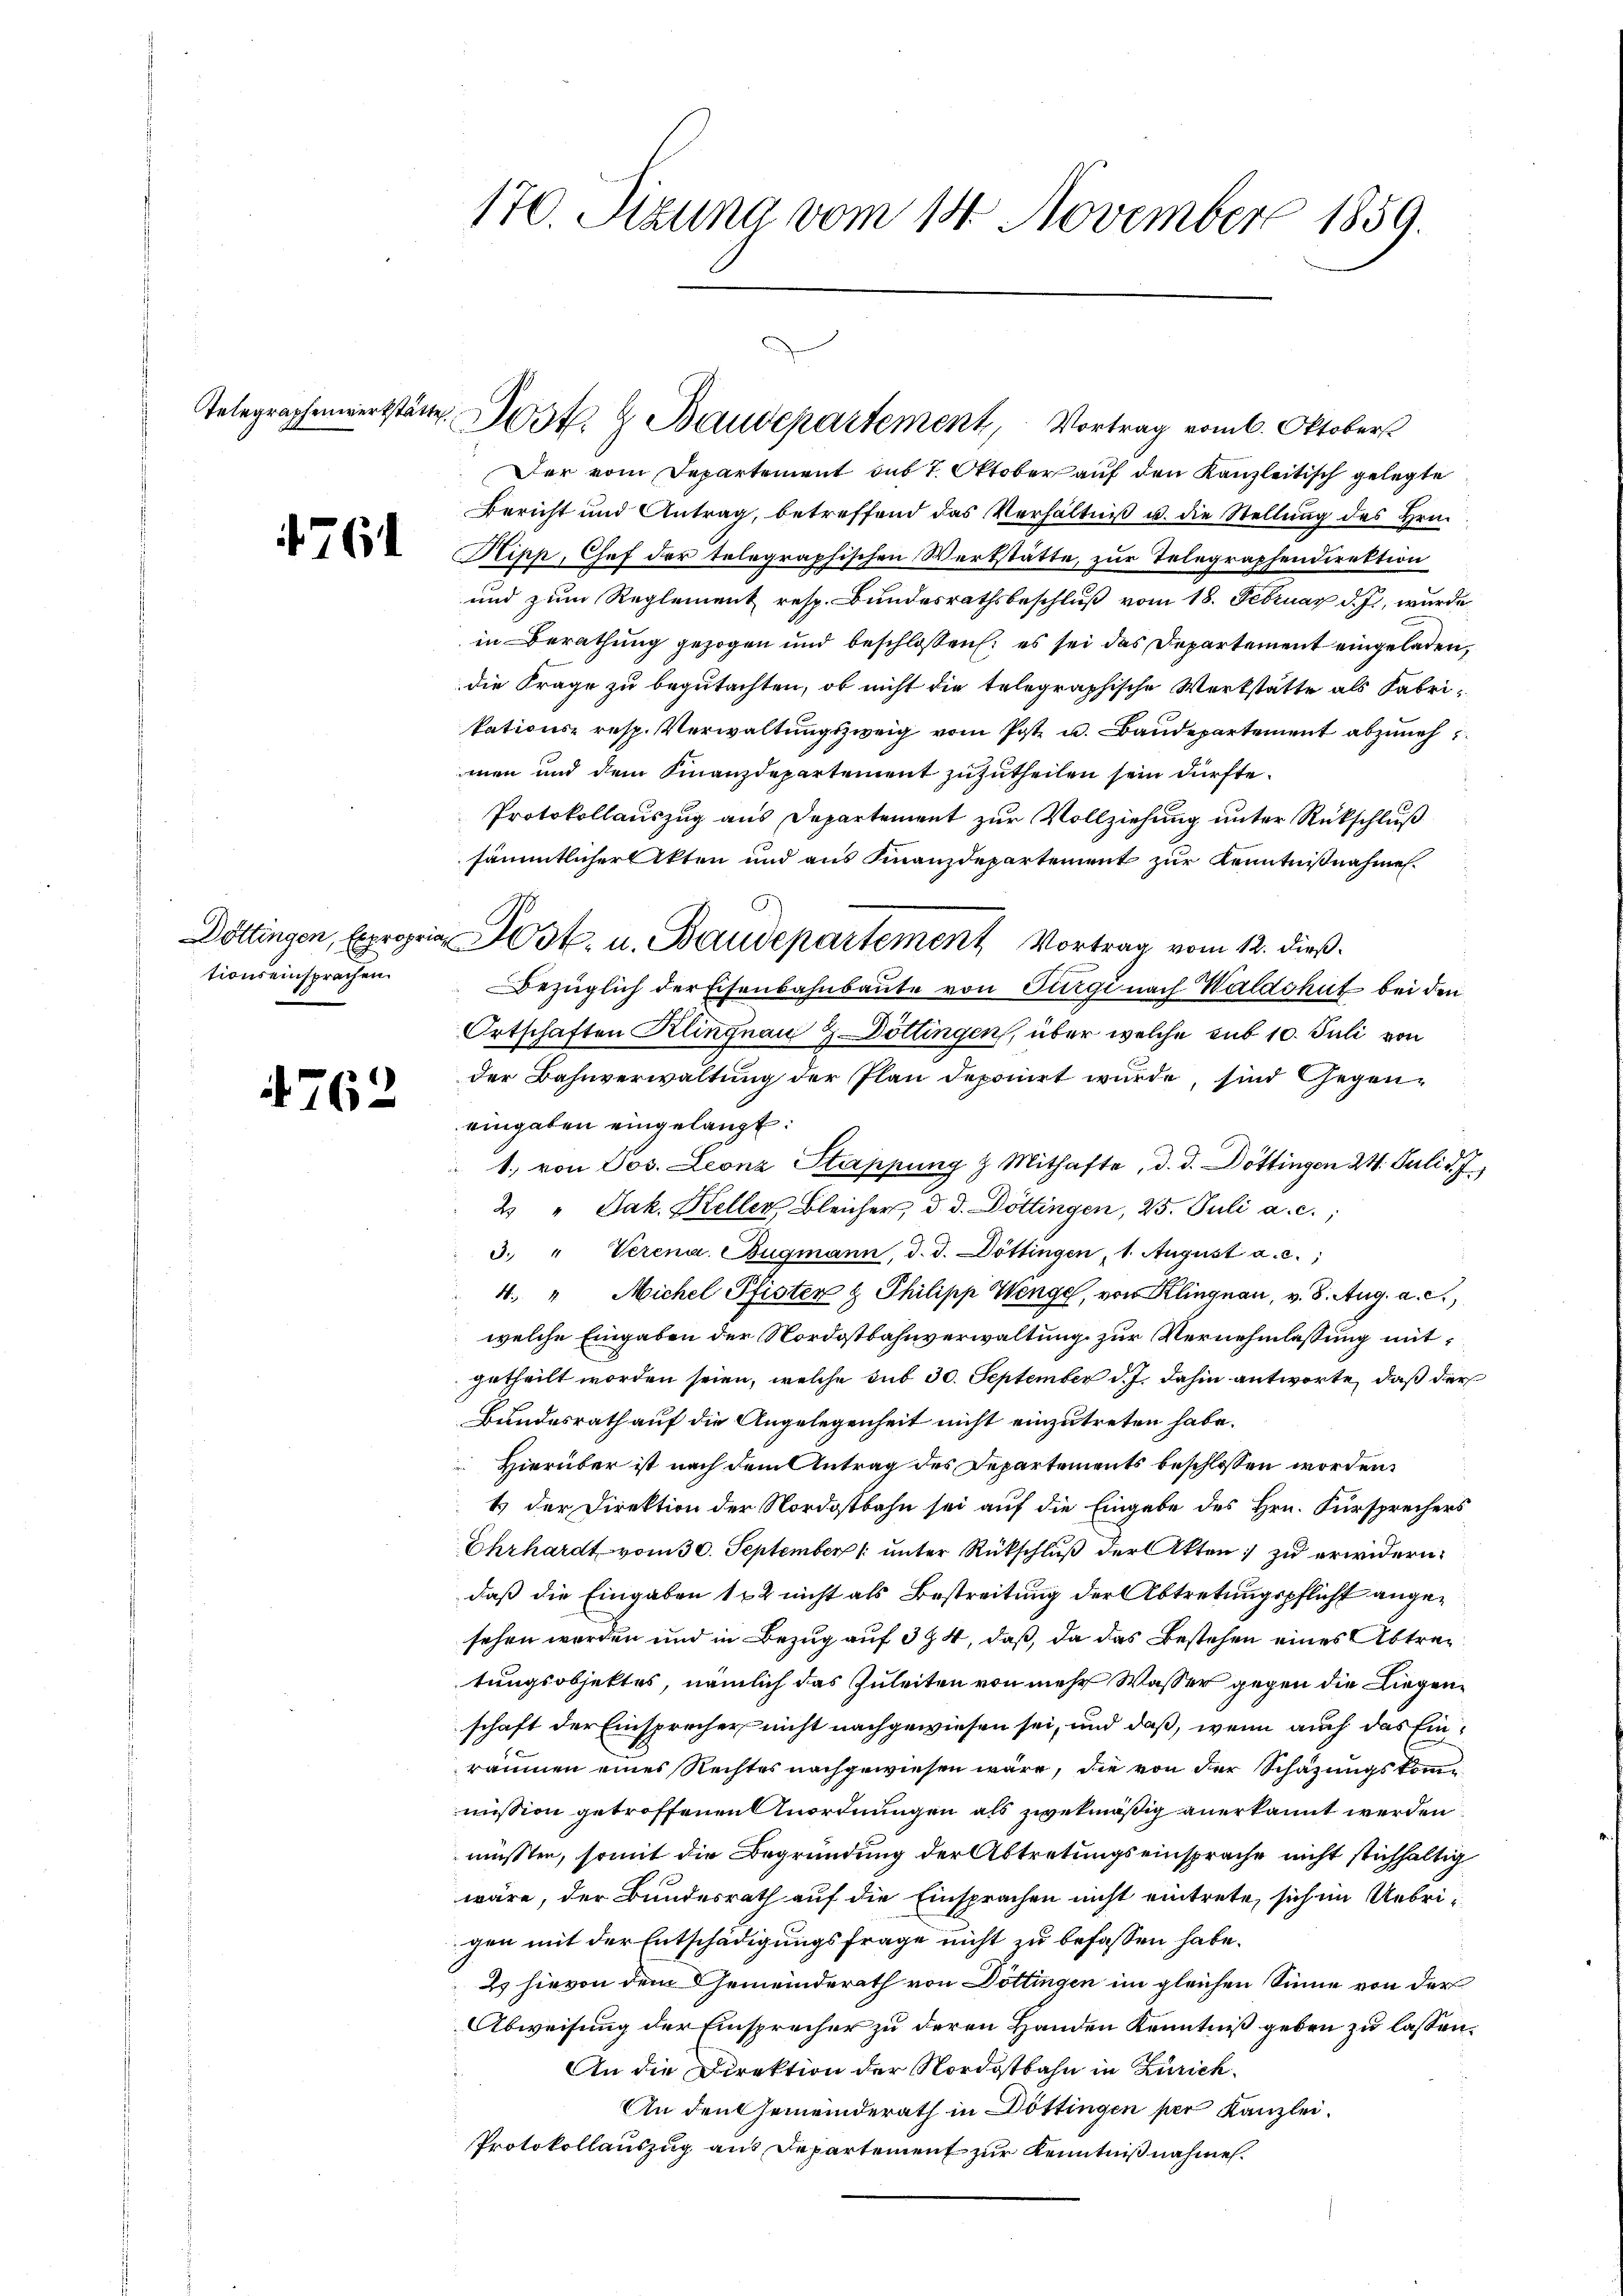
764

tionseinsprachen.

4762

170. Sizung vom 14. November 1859.

Der vom Departement sub 7. Oktober auf den Kanzleitisch gelegte
Bericht und Antrag, betreffend das Verhältniβ u. die Stellŭng des Hrn.
Ripp, Chef der telegraphischen Werkstätte, zur Telegraphendirektion
und zum Reglement resp. Bundesrathsbeschluß vom 18. Februar d. Js., wurde
in Berathung gezogen und beschlossen: es sei das Departement eingeladen,
die Frage zu begutachten, ob nicht die telegraphische Werkstätte als Fabrikations- resp. Verwaltungszweig vom Post u. Baudepartement abzuneh
men und dem Finanzdepartement zuzutheilen sein dürfte.
Protokollauszug aus Departement zur Vollziehung unter Rückschluß
sämmtlicher Akten und aus Finanzdepartement zur Kenntnißnahmen.
Bezüglich der Eisenbahnbaute von Türgi nach Waldshut bei den
Ortschaften Klingnau & Döttingen, über welche sub 10. Juli von
der Bahnverwaltung der Plan deponirt wurde, sind Gegeneingaben eingelangt:
1. von Dos. Leonz Stappung & Mithafte, d. d. Döttingen 24. Juli d. J.
2. " Jak. Keller Bleicher, d. d. Döttingen, 25. Juli a. c.,
3. " Verena Bugmann, d. d. Döttingen, 1. August a. c.,
4. " Michel Pfister & Philipp Wenge, von Klingnau, v. 8. Aug. a. c.,
welche Eingaben der Nordostbahnverwaltung zur Vernehmlassung mitgetheilt worden seien, welche sub 30. September d. J. dahin antworte, daß der
Bundesrath auf die Angelegenheit nicht einzutreten habe.
Hierüber ist nach dem Antrag des Departements beschlossen worden.
t der Direktion der Nordostbahn sei auf die Eingabe des Hrn. Fürsprechers
Ehrhardt vom 30. September 1 unter Rückschluß der Akten zu erwidern.
daß die Eingaben 182 nicht als Bestreitung der Abtretungspflicht angesehen worden und in Bezug auf 3 § 4, daß, da das Bestehen eines Abtrag
tungsobjektes, nämlich das Zuleiten von mehr Wasser gegen die Liegenschaft der Einsprecher nicht nachgewiesen sei, und daß, wenn auch das Einräumen eines Rechtes nachgewiesen wäre, die von der Schazungskomme
mission getroffenen Anordnungen als zwekmäßig anerkannt werden
müssten, somit die Begründung der Abtretungseinsprache nicht stichhaltig
wäre, der Bundesrath auf die Einsprachen nicht eintrete, sich im Uebrigen mit der Entschädigungsfrage nicht zu befassen habe.
2 hievon dem Gemeinderath von Döttingen im gleichen Sinne von der
Abweisung der Einsprecher zu deren Handen Kenntniß geben zu lassen.
An die Direktion der Nordostbahn in Zürich
An den Gemeinderath in Döttingen per Kanzlei.
Protokollauszug aus Departement zur Kenntnißnahmen.

Telegraphenwerkstätte st.  Baudepartement, Vortrag vom 6. Oktobers

Döttingen, Expropria Post. u. Baudepartement Vortrag vom 12. dieß.